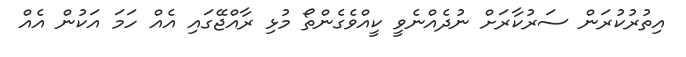
އިތުރުކުރަން ސަރުކާރަށް ނުދެއްނެވީ ކީއްވެގެންތޯ މުޅި ރާއްޖޭގައި އެއް ހަމަ އަކުން އެއް